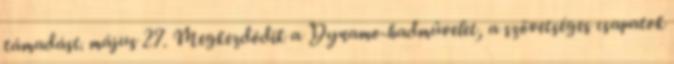
támadást. május 27. Megkezdõdik a Dynamo-hadmûvelet, a szövetséges csapatok